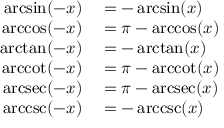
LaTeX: \begin{array} { r l } { \arcsin ( - x ) } & { { } = - \arcsin ( x ) } \\ { \operatorname { a r c c o s } ( - x ) } & { { } = \pi - \operatorname { a r c c o s } ( x ) } \\ { \arctan ( - x ) } & { { } = - \arctan ( x ) } \\ { \operatorname { a r c c o t } ( - x ) } & { { } = \pi - \operatorname { a r c c o t } ( x ) } \\ { \operatorname { a r c s e c } ( - x ) } & { { } = \pi - \operatorname { a r c s e c } ( x ) } \\ { \operatorname { a r c c s c } ( - x ) } & { { } = - \operatorname { a r c c s c } ( x ) } \end{array}